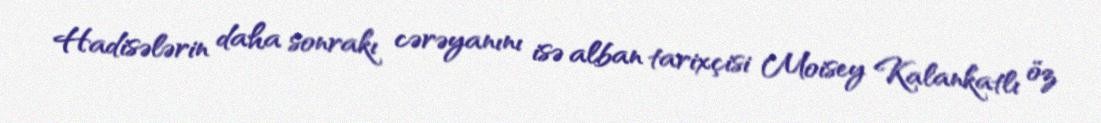
Hadisələrin daha sonrakı cərəyanını isə alban tarixçisi Moisey Kalankatlı öz